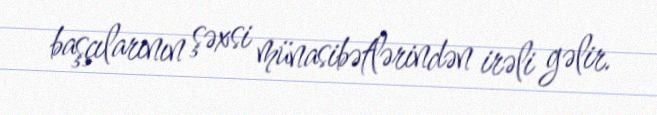
başçılarının şəxsi münasibətlərindən irəli gəlir.